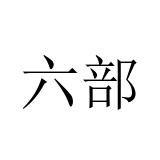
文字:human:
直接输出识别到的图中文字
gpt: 六部